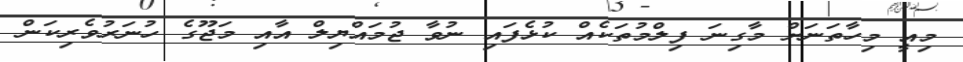
މިއީ މިހާތަނަށް މާގިނަ ފިލްމުތަކެއް ކުޅެފައި ނުވާ ޖުމައްޔިލް އާއި މަޖޫގެ ހުނަރުވެރިކަން